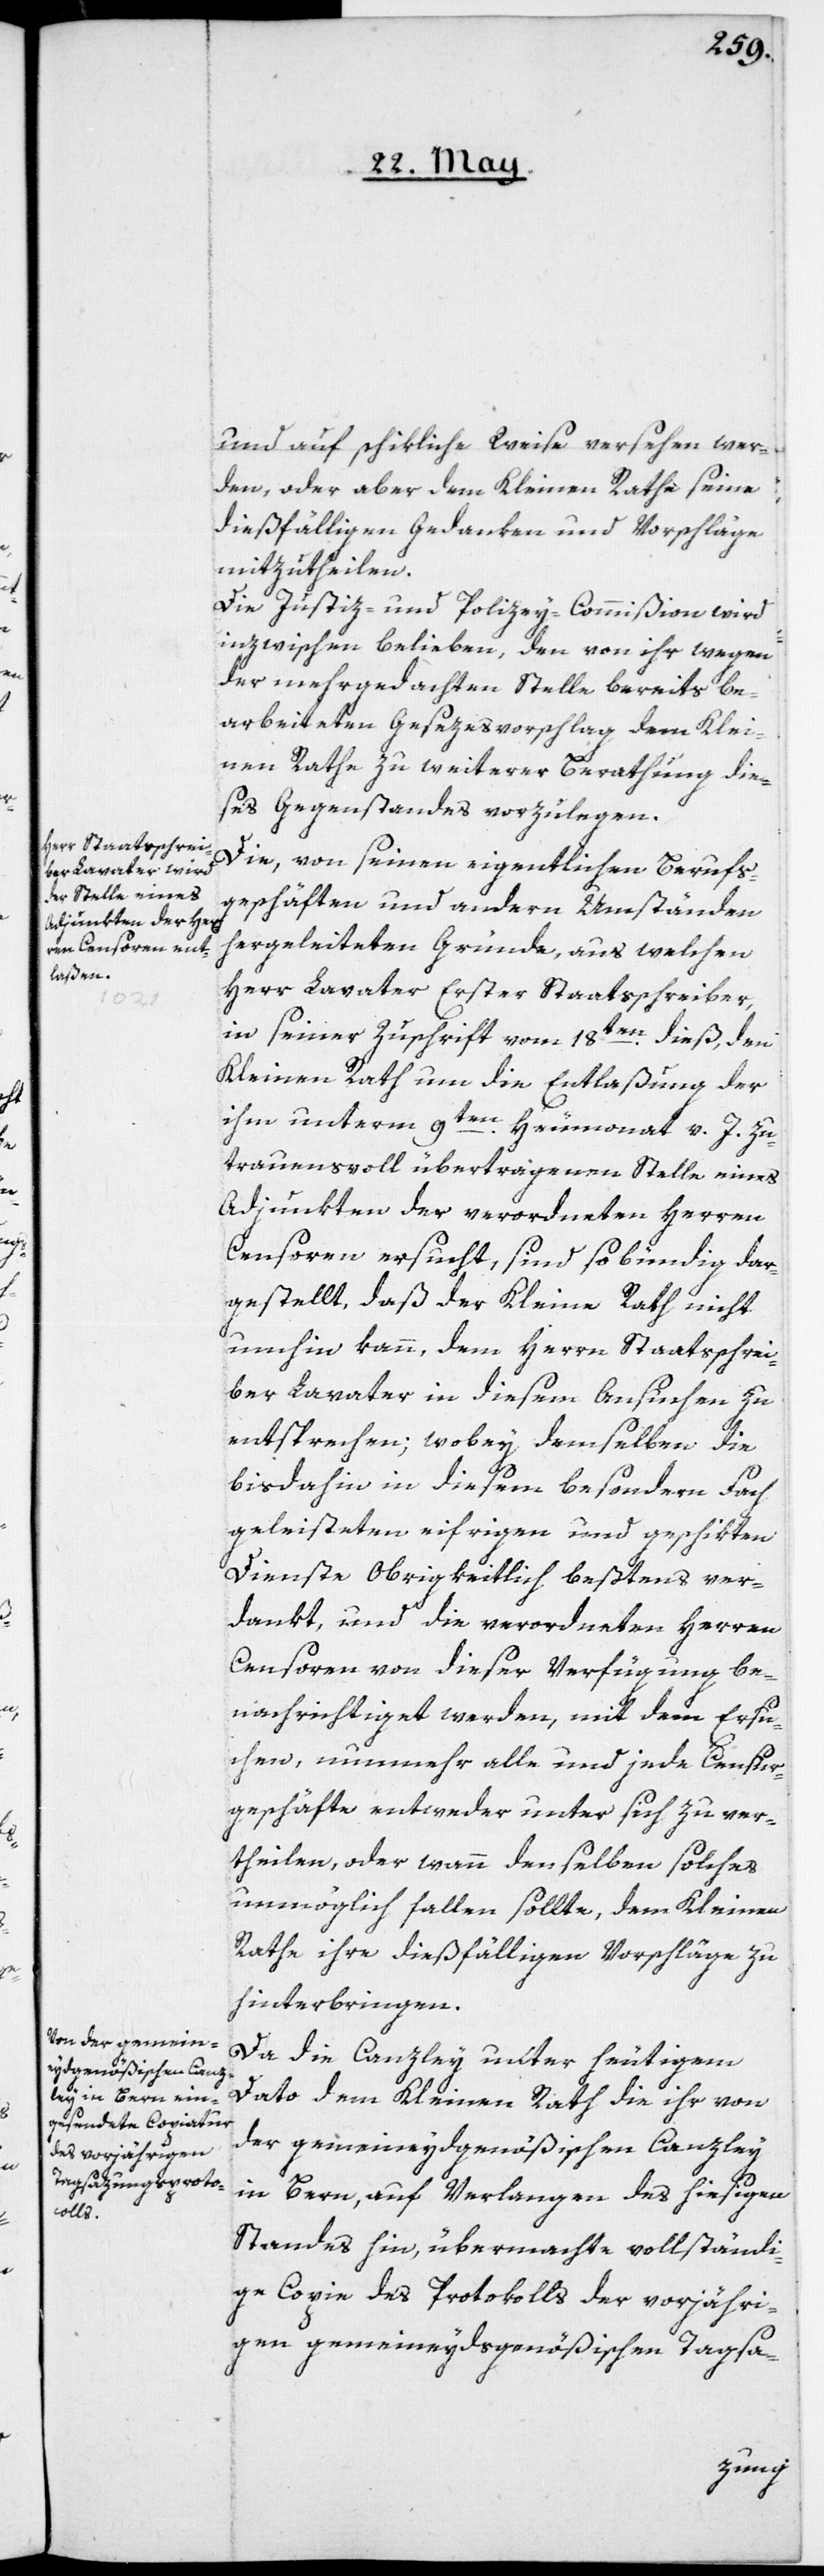
und auf schikliche Weise versehen wer¬
den, oder aber dem Kleinen Rathe seine
dießfälligen Gedanken und Vorschläge
mitzutheilen.
Die Justiz- und Polizey-Commißion wird
inzwischen belieben, den von ihr wegen
der mehrgedachten Stelle bereits be¬
arbeiteten Gesezesvorschlag dem Klei¬
nen Rathe zu weiterer Berathung die¬
ses Gegenstandes vorzulegen.
Die, von seinen eigentlichen Berufs¬
geschäften und andern Umständen
hergeleiteten Gründe, aus welchen
Herr Lavater Erster Staatsschreiber,
in seiner Zuschrift vom 18ten dieß, den
Kleinen Rath um die Entlaßung der
ihm unterm 9ten Heumonat v. J. zu¬
trauensvoll übertragenen Stelle eines
Adjunkten der verordneten Herren
Censoren ersucht, sind so bündig dar¬
gestellt, daß der Kleine Rath nicht
umhin kann, dem Herrn Staatsschrei¬
ber Lavater in diesem Ansuchen zu
entsprechen; wobey demselben die
bis dahin in diesem besondern Fach
geleisteten eifrigen und geschikten
Dienste Obrigkeitlich beßtens ver¬
dankt, und die verordneten Herren
Censoren von dieser Verfügung be¬
nachrichtiget werden, mit dem Ersu¬
chen, nunmehr alle und jede Censur¬
geschäfte entweder unter sich zu ver¬
theilen, oder wann denselben solches
unmöglich fallen sollte, dem Kleinen
Rathe ihre dießfälligen Vorschläge zu
hinterbringen.
Da die Canzley unter heutigem
Dato dem Kleinen Rath die ihr von
der gemeineydgenößischen Canzley
in Bern, auf Verlangen des hiesigen
Standes hin, übermachte vollständi¬
ge Copie des Protokolls der vorjähri¬
gen gemeineydsgenößischen Tagsa-